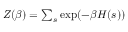
\begin{array} { r } { Z ( \beta ) = \sum _ { s } \exp ( - \beta H ( s ) ) } \end{array}